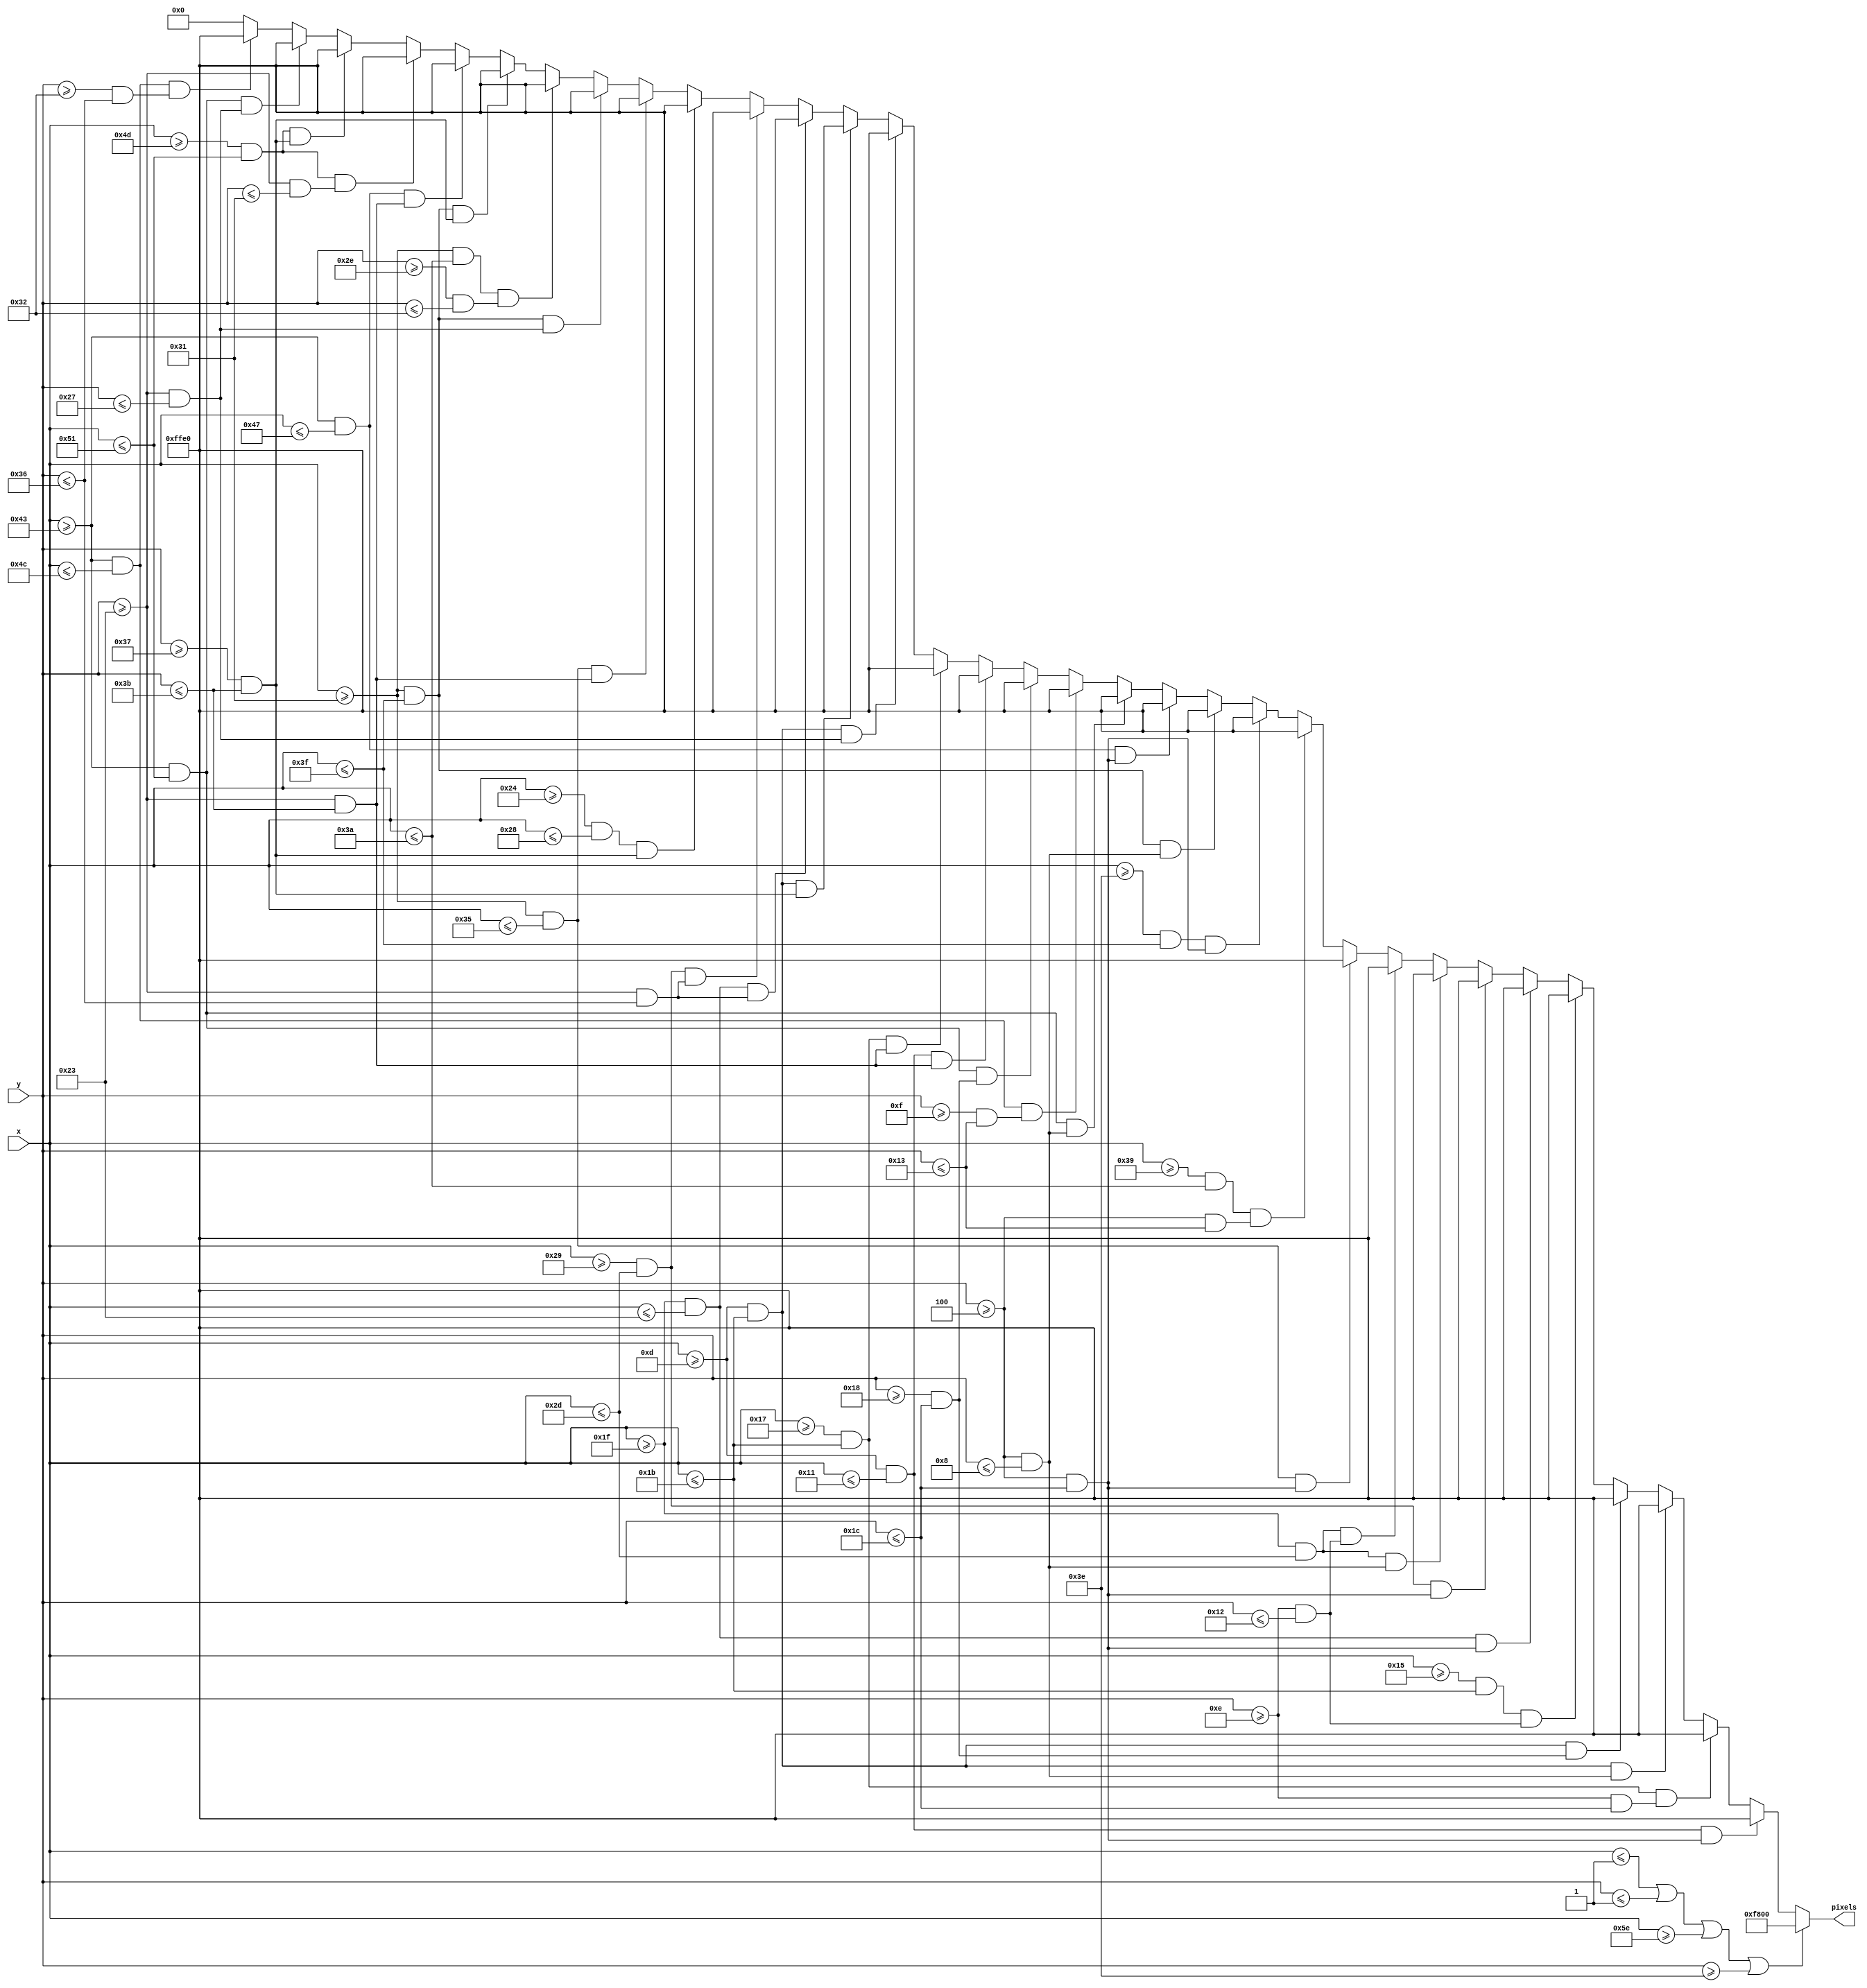
`timescale 1ns / 1ps
//////////////////////////////////////////////////////////////////////////////////
// Company: 
// Engineer: 
// 
// Design Name: 
// Module Name: gameover
// Project Name: 
// Target Devices: 
// Tool Versions: 
// Description: 
// 
// Dependencies: 
// 
// Revision:
// Revision 0.01 - File Created
// Additional Comments:
// 
//////////////////////////////////////////////////////////////////////////////////


module gameover(
    input [6:0] x,
    input [5:0] y,
    output reg [15:0] pixels
    );
    
    always @ (*) begin
             if (x <= 1 || y <= 1 || x >= 94 || y >= 62)              pixels = 16'hF800;
//        Game over screen:
        else if ((x >= 13 && x <= 17) && (y >= 4 && y <= 28))         pixels = 16'hFFE0;
        else if ((x >= 23 && x <= 27) && (y >= 14 && y <= 28))        pixels = 16'hFFE0;
        else if ((x >= 13 && x <= 27) && (y >= 4 && y <= 8))          pixels = 16'hFFE0;
        else if ((x >= 13 && x <= 27) && (y >= 24 && y <= 28))        pixels = 16'hFFE0;
        else if ((x >= 21 && x <= 27) && (y >= 14 && y <= 18))        pixels = 16'hFFE0;
        else if ((x >= 31 && x <= 35) && (y >= 4 && y <= 28))         pixels = 16'hFFE0;
        else if ((x >= 41 && x <= 45) && (y >= 4 && y <= 28))         pixels = 16'hFFE0;
        else if ((x >= 31 && x <= 45) && (y >= 4 && y <= 8))          pixels = 16'hFFE0;
        else if ((x >= 31 && x <= 45) && (y >= 14 && y <= 18))        pixels = 16'hFFE0;
        else if ((x >= 49 && x <= 53) && (y >= 4 && y <= 28))         pixels = 16'hFFE0;
        else if ((x >= 57 && x <= 58) && (y >= 4 && y <= 19))         pixels = 16'hFFE0;
        else if ((x >= 62 && x <= 63) && (y >= 4 && y <= 28))         pixels = 16'hFFE0;
        else if ((x >= 49 && x <= 63) && (y >= 4 && y <= 8))          pixels = 16'hFFE0;
        else if ((x >= 67 && x <= 71) && (y >= 4 && y <= 28))         pixels = 16'hFFE0;
        else if ((x >= 67 && x <= 81) && (y >= 4 && y <= 8))          pixels = 16'hFFE0;
        else if ((x >= 67 && x <= 76) && (y >= 15 && y <= 19))        pixels = 16'hFFE0;
        else if ((x >= 67 && x <= 81) && (y >= 24 && y <= 28))        pixels = 16'hFFE0;
        else if ((x >= 13 && x <= 17) && (y >= 35 && y <= 59))        pixels = 16'hFFE0;
        else if ((x >= 23 && x <= 27) && (y >= 35 && y <= 59))        pixels = 16'hFFE0;
        else if ((x >= 13 && x <= 27) && (y >= 35 && y <= 39))        pixels = 16'hFFE0;
        else if ((x >= 13 && x <= 27) && (y >= 55 && y <= 59))        pixels = 16'hFFE0;
        else if ((x >= 31 && x <= 35) && (y >= 35 && y <= 54))        pixels = 16'hFFE0;
        else if ((x >= 41 && x <= 45) && (y >= 35 && y <= 54))        pixels = 16'hFFE0;
        else if ((x >= 36 && x <= 40) && (y >= 55 && y <= 59))        pixels = 16'hFFE0;
        else if ((x >= 49 && x <= 53) && (y >= 35 && y <= 59))        pixels = 16'hFFE0;
        else if ((x >= 49 && x <= 63) && (y >= 35 && y <= 39))        pixels = 16'hFFE0;
        else if ((x >= 49 && x <= 58) && (y >= 46 && y <= 50))        pixels = 16'hFFE0;
        else if ((x >= 49 && x <= 63) && (y >= 55 && y <= 59))        pixels = 16'hFFE0;
        else if ((x >= 67 && x <= 71) && (y >= 35 && y <= 59))        pixels = 16'hFFE0;
        else if ((x >= 77 && x <= 81) && (y >= 35 && y <= 49))        pixels = 16'hFFE0;
        else if ((x >= 77 && x <= 81) && (y >= 55 && y <= 59))        pixels = 16'hFFE0;
        else if ((x >= 67 && x <= 81) && (y >= 35 && y <= 39))        pixels = 16'hFFE0;
        else if ((x >= 67 && x <= 76) && (y >= 50 && y <= 54))        pixels = 16'hFFE0;
    
        else pixels = 16'h0000;
    end

endmodule